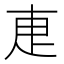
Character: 𭻿